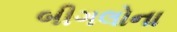
બીગલોના